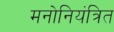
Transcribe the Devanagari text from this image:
मनोनियंत्रित